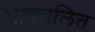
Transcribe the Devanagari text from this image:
भावचलित